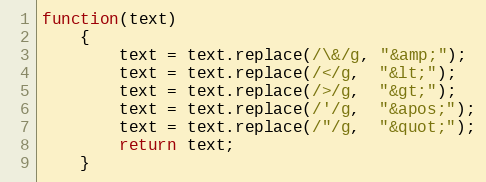
Language: JavaScript
function(text)
    {
        text = text.replace(/\&/g, "&amp;");
        text = text.replace(/</g,  "&lt;");
        text = text.replace(/>/g,  "&gt;");
        text = text.replace(/'/g,  "&apos;");
        text = text.replace(/"/g,  "&quot;");
        return text;
    }